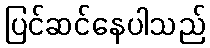
ပြင်ဆင်နေပါသည်